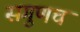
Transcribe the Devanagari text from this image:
सगुणच